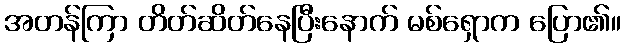
အတန်ကြာ တိတ်ဆိတ်နေပြီးနောက် မစ်ရှောက ပြော၏။